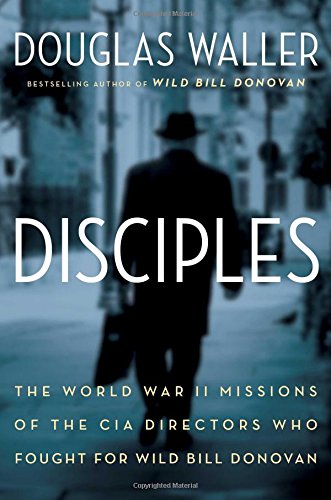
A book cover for Disciples: The World War II Missions of the CIA Directors Who Fought for Wild Bill Donovan; Douglas Waller; Biographies & Memoirs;